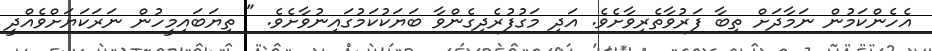
އެހެންކަމުން ނަމާދަށް ތިބާ ފަރުވާތެރިވާށެވެ. އަދި މަގުފުރެދިގެންވާ ބަޔަކުކަމުގައިނުވާށެވެ. " ތިޔަބައިމީހުން ނަރަކަޔަށްވެއްދީ